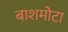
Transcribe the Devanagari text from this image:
बाशमोटा